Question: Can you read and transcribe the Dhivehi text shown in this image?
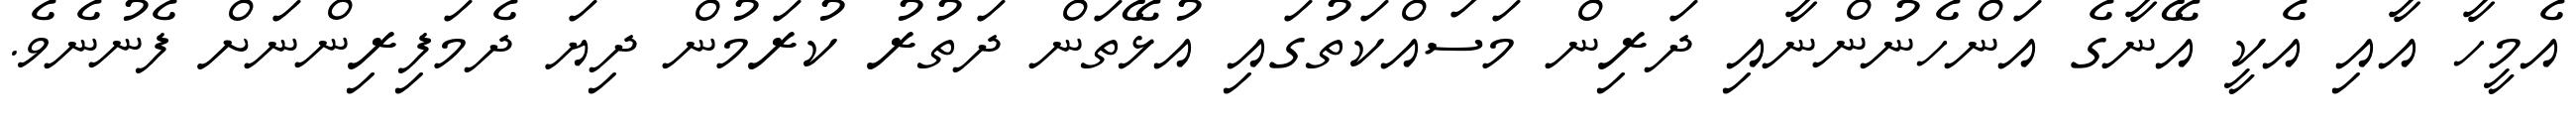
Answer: އެމީހާ އާއި އެކީ އޭނާގެ އަންހެނުންނާއި ދަރިން މަސައްކަތުގައި އުޅޭތަން ދަތުރު ކުރަމުން ދިޔަ ދެމަފިރިންނަށް ފެނުނެވެ.